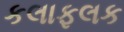
કલાફલક